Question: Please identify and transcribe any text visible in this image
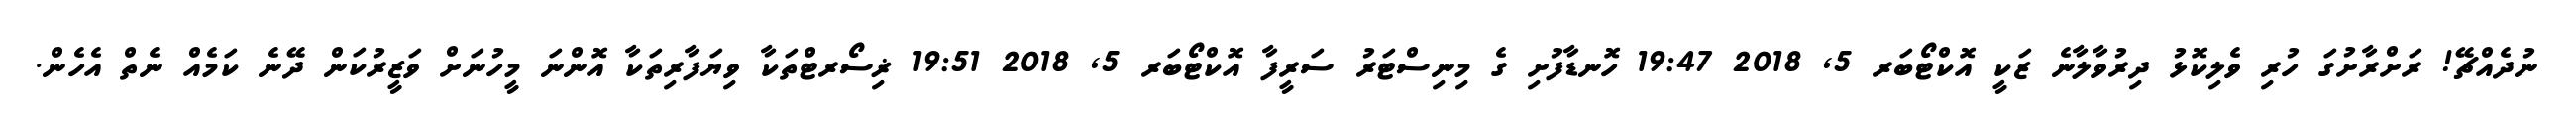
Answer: ނުދެއްޗޭ! ރަށްރާށުގަ ހުރި ވެލިކޮޅު ދިރުވާލާނެ ޒަކީ އޮކްޓޯބަރ 5, 2018 19:47 ހޮނޑާފުށި ގެ މިނިސްޓަރު ސަރީފާ އޮކްޓޯބަރ 5, 2018 19:51 ޜިސޯރޓްތަކާ ވިޔަފާރިތަކާ އޮންނަ މީހުނަށް ވަޒީރުކަން ދޭނެ ކަމެއް ނެތް އެހެން.